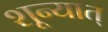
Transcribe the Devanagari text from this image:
शून्यात्